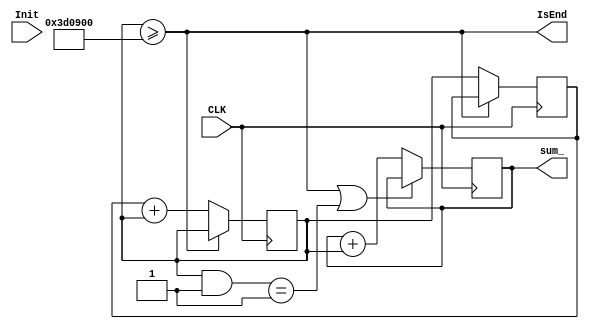
module core (input Init, input CLK, output IsEnd, output reg [31:0] sum_ );
   parameter Upto = 4000000;
   reg [31:0]   last_;
   reg [31:0] 	now_;
   wire 		IsEnd = now_ >= Upto;

   initial begin
	  sum_ <= 0;
	  last_<= 1;
	  now_ <= 2;
   end
   
   always @(posedge CLK) begin
	  sum_ <= (IsEnd | ((now_ & 1) == 1)) ? sum_ :  sum_ + now_;
	  now_ <= (IsEnd) ? now_ : last_ + now_;
	  last_ <= (IsEnd) ? last_ : now_;
   end

endmodule